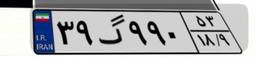
۶۲گ۷۴۶۵۷